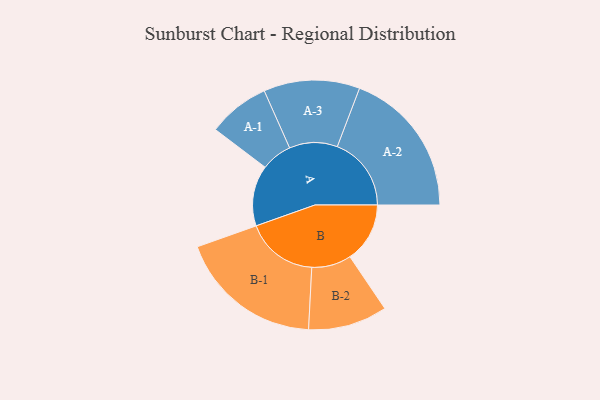
{"axis": {"x": "Segment", "y": "Value"}, "legend": ["", "A", "B"], "data": [{"x": "A", "y": 245, "type": ""}, {"x": "B", "y": 242, "type": ""}, {"x": "A-1", "y": 125, "type": "A"}, {"x": "A-2", "y": 299, "type": "A"}, {"x": "A-3", "y": 194, "type": "A"}, {"x": "B-1", "y": 292, "type": "B"}, {"x": "B-2", "y": 160, "type": "B"}]}